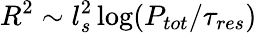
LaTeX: R^{2}\sim l_{s}^{2}\log(P_{tot}/\tau_{res})